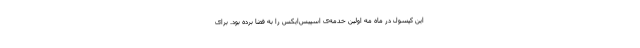
این کپسول در ماه مه اولین خدمه‌ی اسپیس‌ایکس را به فضا برده بود. برای